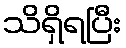
သိရှိရပြီး